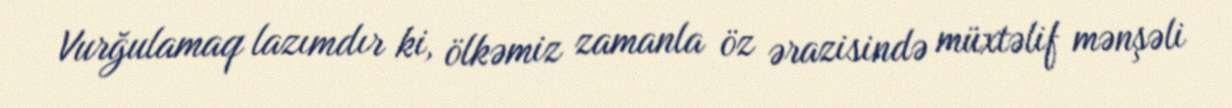
Vurğulamaq lazımdır ki, ölkəmiz zamanla öz ərazisində müxtəlif mənşəli